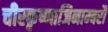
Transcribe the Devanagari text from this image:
चीरकृष्णाजिनाम्बरौ